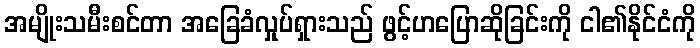
အမျိုးသမီးစင်တာ အခြေခံလှုပ်ရှားသည် ဖွင့်ဟပြောဆိုခြင်းကို ငါ၏နိုင်ငံကို